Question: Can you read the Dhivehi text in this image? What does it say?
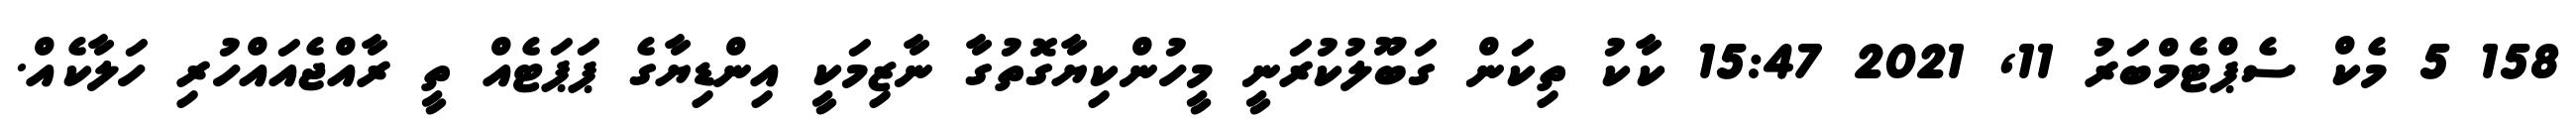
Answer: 158 5 މެކް ސެޕްޓެމްބަރު 11, 2021 15:47 ކާކު ތިކަން ގަބޫލުކުރަނީ މީހުންކިޔާގޮތުގާ ނާޒިމަކީ އިންޑިޔާގެ ޕަޕަޓެއް ތީ ރާއްޖެއައްހުރި ހަލާކެއް.